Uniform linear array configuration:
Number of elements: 12
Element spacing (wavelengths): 0.25
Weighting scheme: hann
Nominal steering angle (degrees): -15
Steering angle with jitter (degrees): -15.214
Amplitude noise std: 0.05
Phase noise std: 0.05

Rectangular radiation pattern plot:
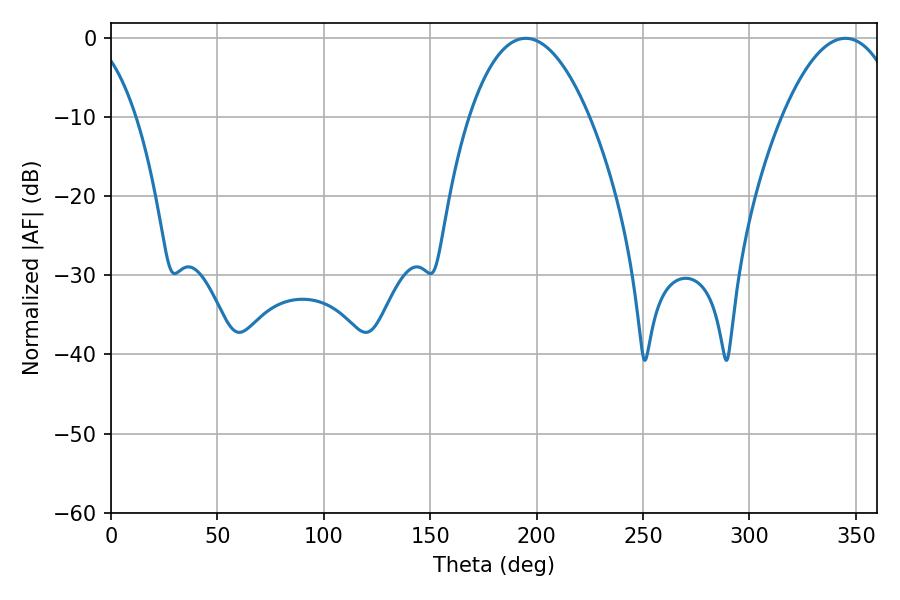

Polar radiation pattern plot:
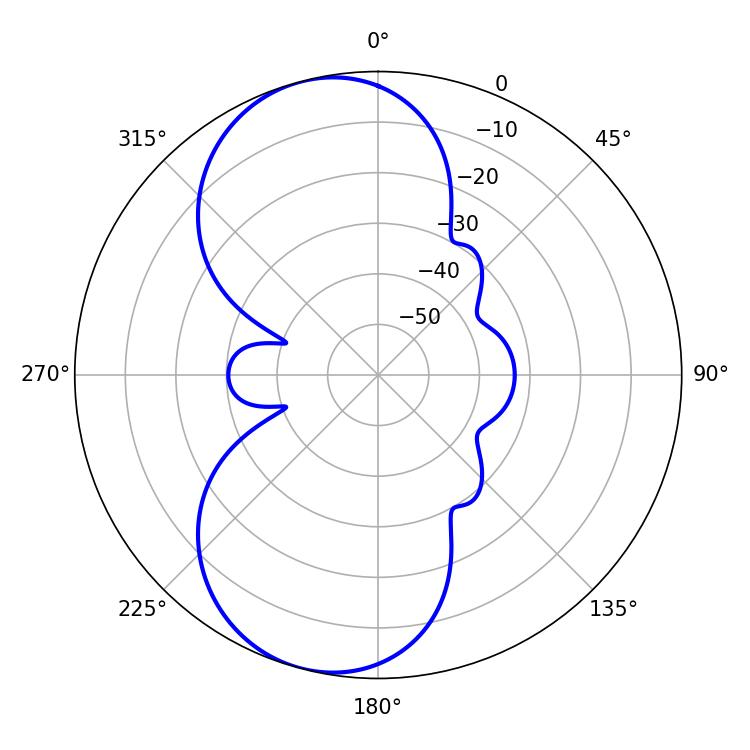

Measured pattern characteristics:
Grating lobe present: FALSE
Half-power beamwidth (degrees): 31.32
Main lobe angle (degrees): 194.94